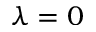
\lambda = 0